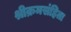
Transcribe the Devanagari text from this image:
श्रीक्रमसंहिता